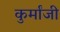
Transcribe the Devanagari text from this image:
कुर्मांजी